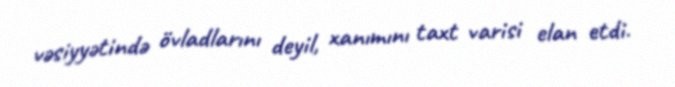
vəsiyyətində övladlarını deyil, xanımını taxt varisi elan etdi.